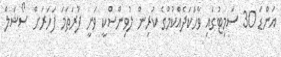
އަންޑަ 30 ސަމިޓުގައި ވާހަކަދެއްކުމުގެ ކުރިން ލުވިންސްކީ ވަނީ ފުރަތަމަ ފަހަރަށް ސޯޝަލް